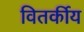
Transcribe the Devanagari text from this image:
वितर्कीय